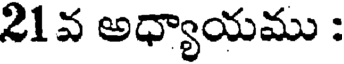
21వ అధ్యాయము :